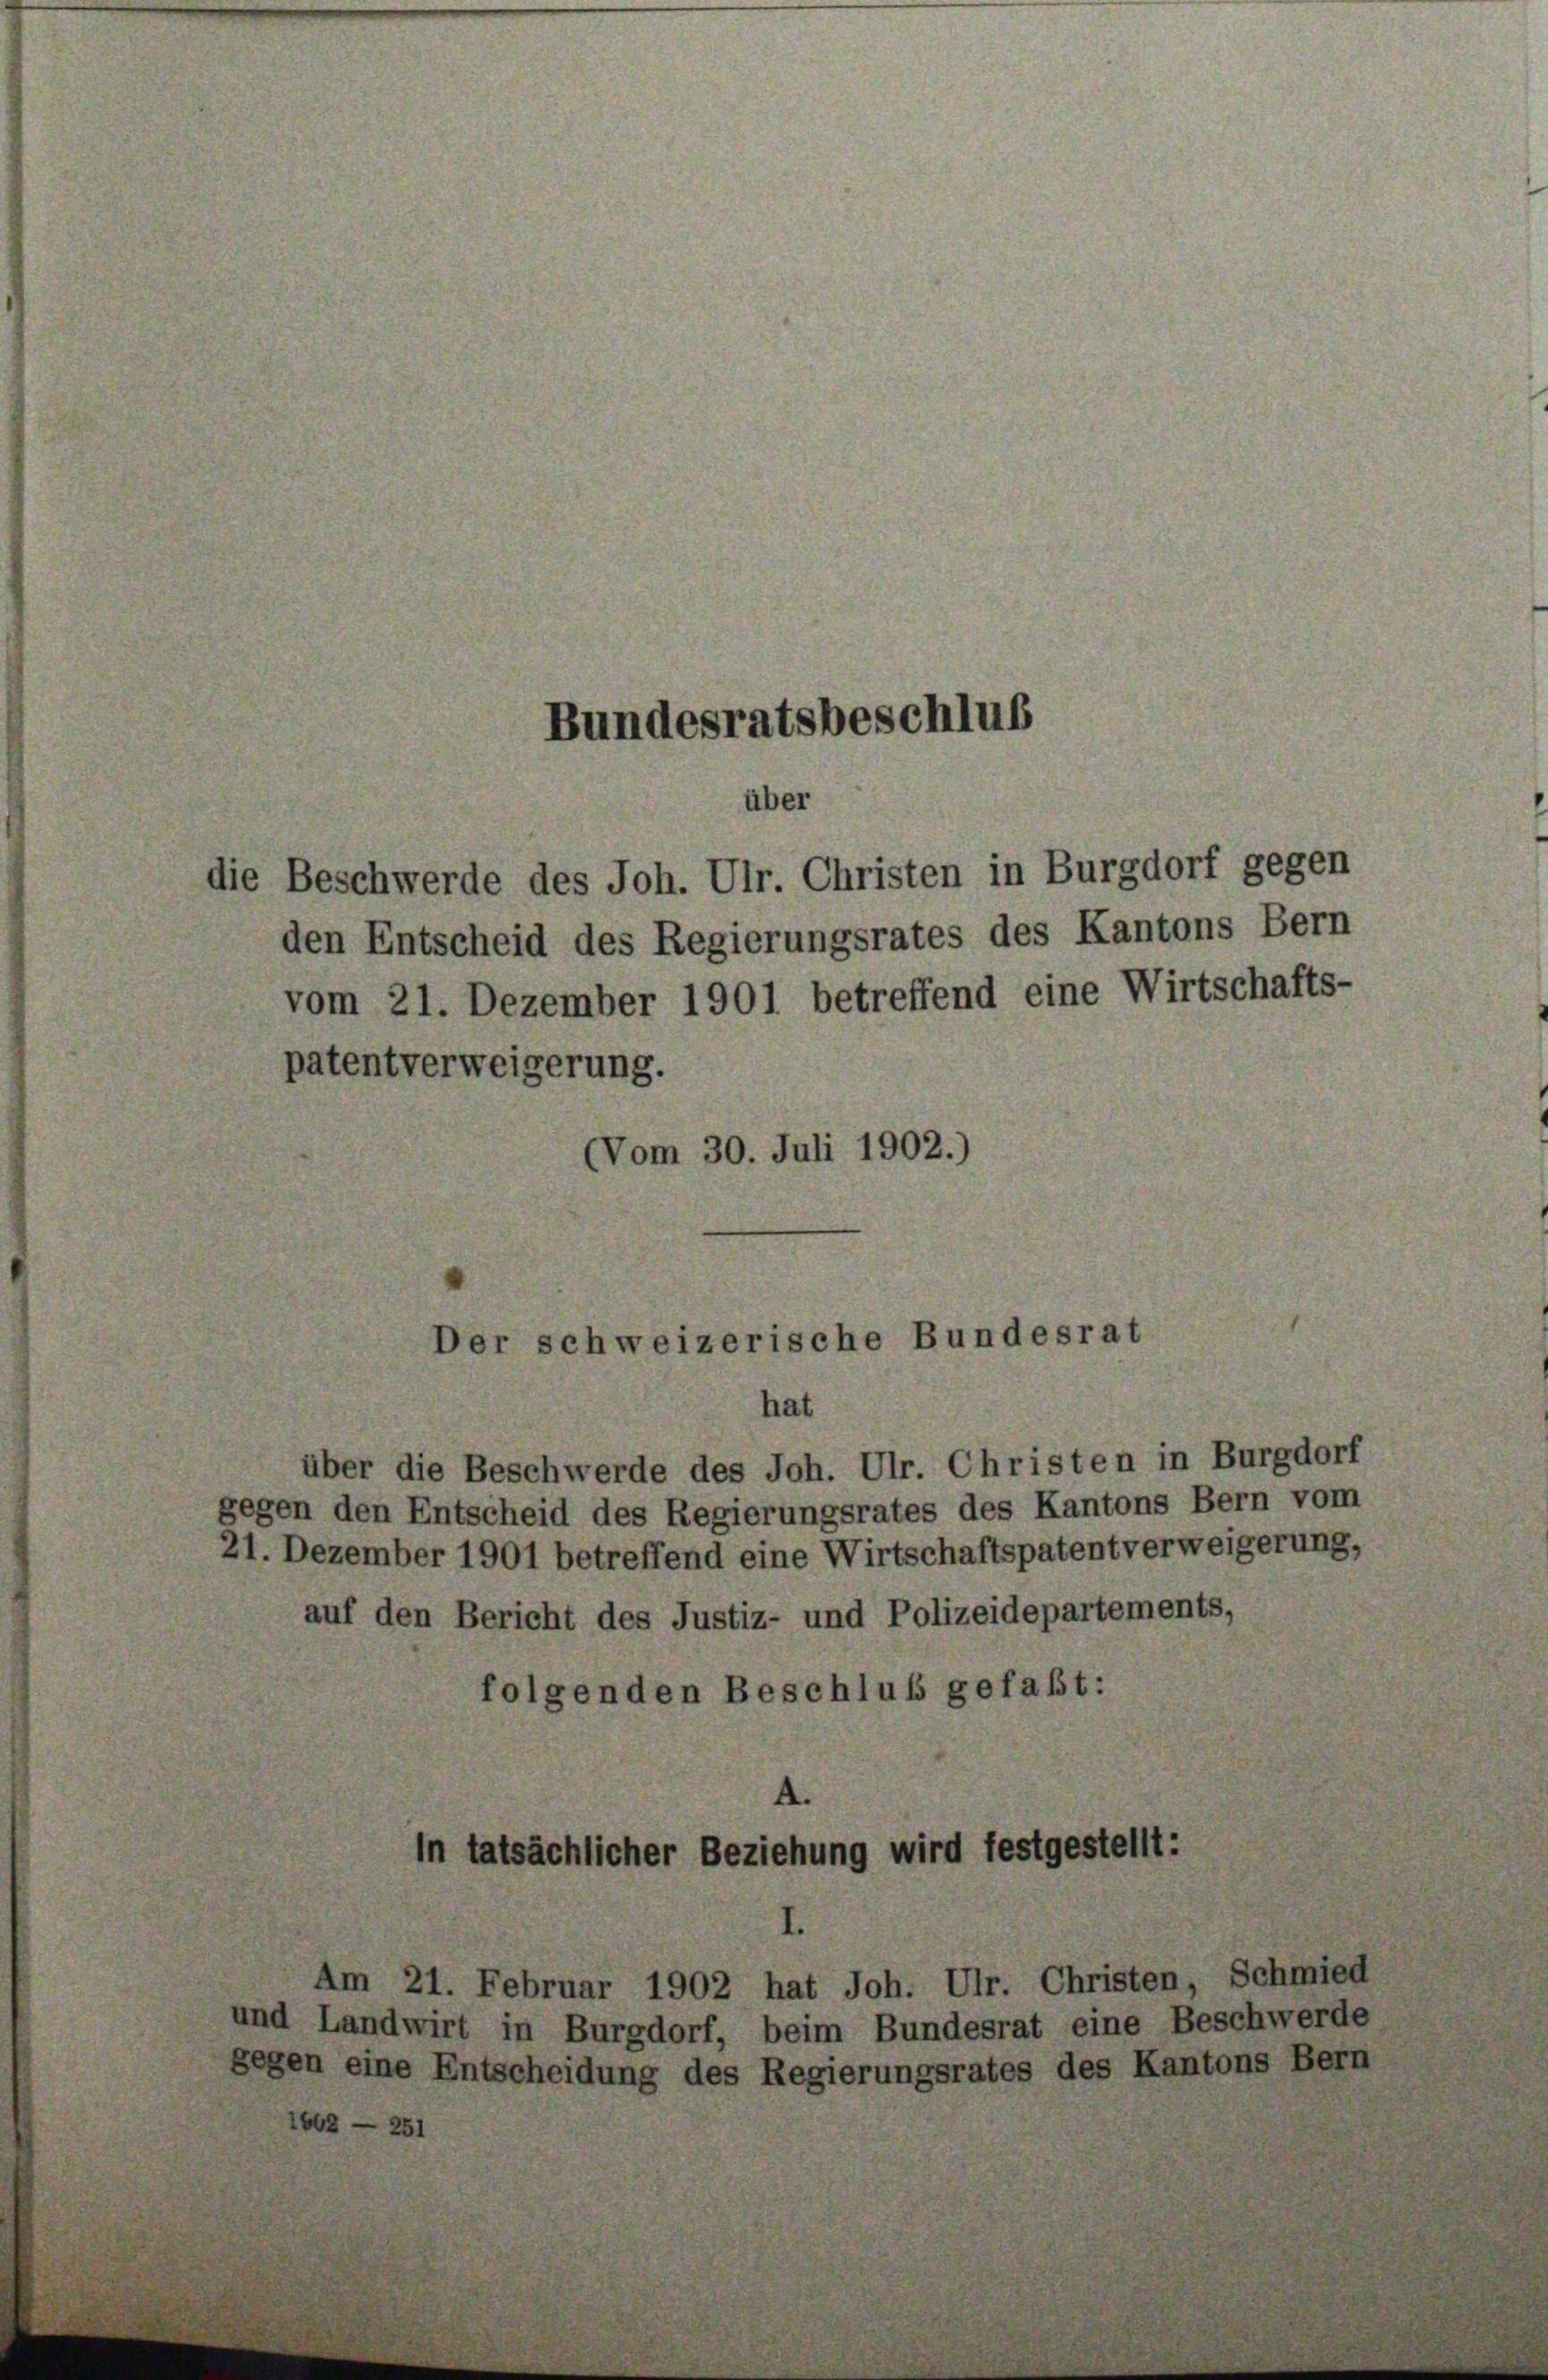
die Beschwerde des Joh. Ulr. Christen in Burgdorf gegen
den Entscheid des Regierungsrates des Kantons Bern
vom 21. Dezember 1901 betreffend eine Wirtschafts-
patentverweigerung.
(Vom 30. Juli 1902.)

Bundesratsbeschluß

Der schweizerische Bundesrat
hat

über die Beschwerde des Joh. Ulr. Christen in Burgdorf
gegen den Entscheid des Regierungsrates des Kantons Bern vom
21. Dezember 1901 betreffend eine Wirtschaftspatentverweigerung,
auf den Bericht des Justiz- und Polizeidepartemen
folgenden Beschluß gefaßt:
A.

In tatsächlicher Beziehung wird festgestellt:

über

Am 21. Februar 1902 hat Joh. Ulr. Christen, Schmied
Landwirt in Burgdorf, beim Bundesrat eine Beschwerde
1 eine Entscheidung des Regierungsrates des Kantons Bern